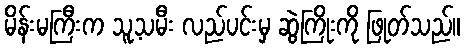
မိန်းမကြီးက သူ့သမီး လည်ပင်းမှ ဆွဲကြိုးကို ဖြုတ်သည်။